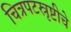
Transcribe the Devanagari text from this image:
चित्रपटस्रृष्टीचे